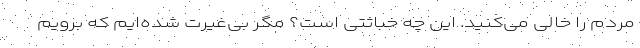
مردم را خالی می‌کنید. این چه خباثتی است؟ مگر بی‌غیرت شده‌ایم که برویم